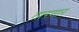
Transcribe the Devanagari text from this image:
तारणार